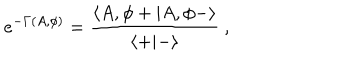
e ^ { - \Gamma ( A , \phi ) } = { \frac { \langle A , \phi + \vert A , \phi - \rangle } { \langle + \vert - \rangle } } \ ,